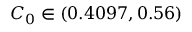
C _ { 0 } \in ( 0 . 4 0 9 7 , 0 . 5 6 )